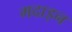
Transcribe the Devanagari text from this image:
मदाइन